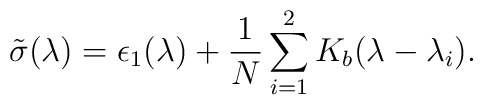
\tilde \sigma(\lambda) = \epsilon_{1}(\lambda)+{1 \over N}\sum_{i=1}^{2} K_{b}(\lambda - \lambda_{i}).